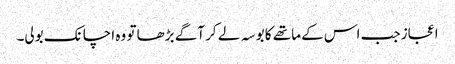
اعجاز جب اس کے ماتھے کا بوسہ لے کر آگے بڑھا تو وہ اچانک بولی۔